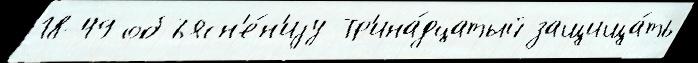
18-49 объясн'е́н'иjу Тр'ина́дцатый защища́ть